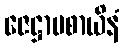
ဇေဋ္ဌာပစာယိနံ